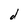
Character: d